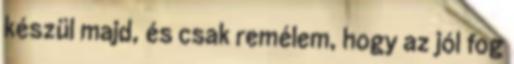
készül majd, és csak remélem, hogy az jól fog